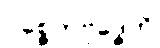
ပစ္စေကဗုဒ္ဓေဟိ